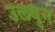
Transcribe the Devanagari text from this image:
उलथुन